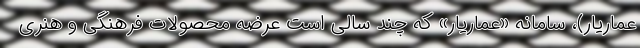
عماریار)، سامانه «عماریار» که چند سالی است عرضه محصولات فرهنگی و هنری